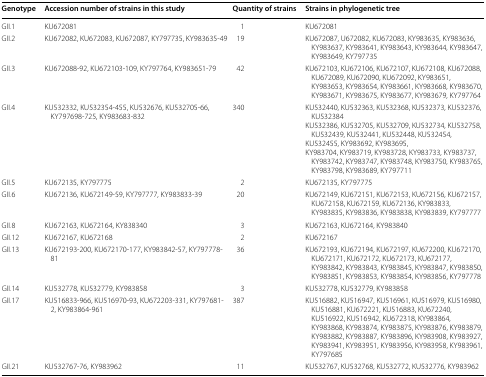
<table><thead><tr><td><b>Genotype</b></td><td><b>Accession number of strains in this study</b></td><td><b>Quantity of strains</b></td><td><b>Strains in phylogenetic tree</b></td></tr></thead><tbody><tr><td>GII.1</td><td>KU672081</td><td>1</td><td>KU672081</td></tr><tr><td>GII.2</td><td>KU672082, KU672083, KU672087, KY797735, KY983635-49</td><td>19</td><td>KU672087, U672082, KU672083, KY983635, KY983636, KY983637, KY983641, KY983643, KY983644, KY983647, KY983649, KY797735</td></tr><tr><td>GII.3</td><td>KU672088-92, KU672103-109, KY797764, KY983651-79</td><td>42</td><td>KU672103, KU672106, KU672107, KU672108, KU672088, KU672089, KU672090, KU672092, KY983651, KY983653, KY983654, KY983661, KY983668, KY983670, KY983671, KY983675, KY983677, KY983679, KY797764</td></tr><tr><td>GII.4</td><td>KU532332, KU532354-455, KU532676, KU532705-66, KY797698-725, KY983683-832</td><td>340</td><td>KU532440, KU532363, KU532368, KU532373, KU532376, KU532384KU532386, KU532705, KU532709, KU532734, KU532758, KU532439, KU532441, KU532448, KU532454,KU532455, KY983692, KY983695,KY983704, KY983719, KY983728, KY983733, KY983737, KY983742, KY983747, KY983748, KY983750, KY983765, KY983798, KY983689, KY797711</td></tr><tr><td>GII.5</td><td>KU672135, KY797775</td><td>2</td><td>KU672135, KY797775</td></tr><tr><td>GII.6</td><td>KU672136, KU672149-59, KY797777, KY983833-39</td><td>20</td><td>KU672149, KU672151, KU672153, KU672156, KU672157, KU672158, KU672159, KU672136, KY983833, KY983835, KY983836, KY983838, KY983839, KY797777</td></tr><tr><td>GII.8</td><td>KU672163, KU672164, KY838340</td><td>3</td><td>KU672163, KU672164, KY983840</td></tr><tr><td>GII.12</td><td>KU672167, KU672168</td><td>2</td><td>KU672167</td></tr><tr><td>GII.13</td><td>KU672193-200, KU672170-177, KY983842-57, KY797778-81</td><td>36</td><td>KU672193, KU672194, KU672197, KU672200, KU672170, KU672171, KU672172, KU672173, KU672177, KY983842, KY983843, KY983845, KY983847, KY983850, KY983851, KY983853, KY983854, KY983856, KY797778</td></tr><tr><td>GII.14</td><td>KU532778, KU532779, KY983858</td><td>3</td><td>KU532778, KU532779, KY983858</td></tr><tr><td>GII.17</td><td>KU516833-966, KU516970-93, KU672203-331, KY797681-2, KY983864-961</td><td>387</td><td>KU516882, KU516947, KU516961, KU516979, KU516980, KU516881, KU672221, KU516883, KU672240, KU516922, KU516942, KU672318, KY983864, KY983868, KY983874, KY983875, KY983876, KY983879, KY983882, KY983887, KY983896, KY983908, KY983927, KY983941, KY983951, KY983956, KY983958, KY983961, KY797685</td></tr><tr><td>GII.21</td><td>KU532767-76, KY983962</td><td>11</td><td>KU532767, KU532768, KU532772, KU532776, KY983962</td></tr></tbody></table>